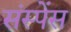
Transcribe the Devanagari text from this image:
संस्पेंस